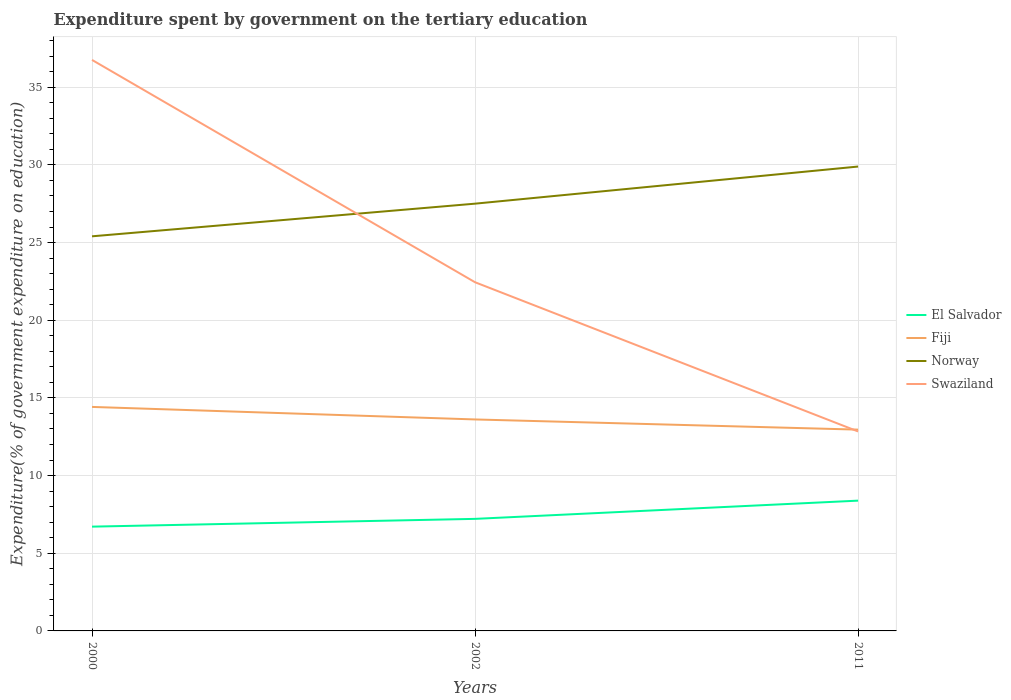
| Years | El Salvador | Fiji | Norway | Swaziland |
 | --- | --- | --- | --- | --- |
 | 2000 | 6.71 | 14.4 | 25.4 | 36.8 |
 | 2002 | 7.21 | 13.6 | 27.5 | 22.4 |
 | 2011 | 8.39 | 13 | 29.9 | 12.8 |